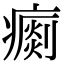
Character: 𤺗